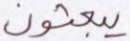
يبعثون